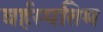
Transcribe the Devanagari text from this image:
बर्हस्पतिम